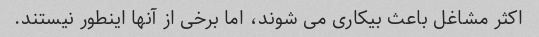
اکثر مشاغل باعث بیکاری می شوند، اما برخی از آنها اینطور نیستند.